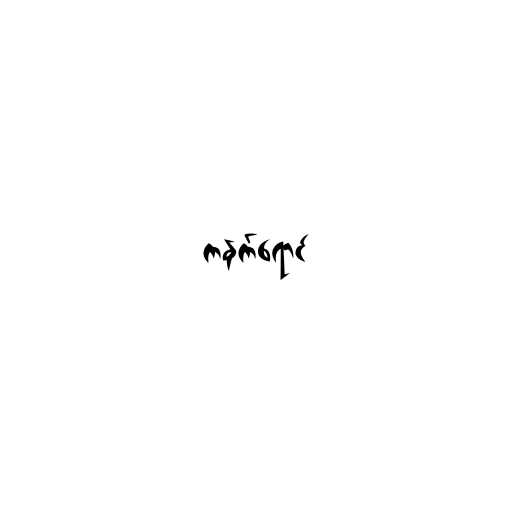
ကနက်ရောင်